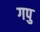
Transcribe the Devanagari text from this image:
गपु